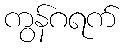
ကွန်ဂရက်